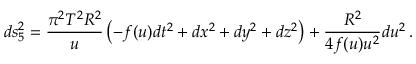
d s _ { 5 } ^ { 2 } = { \frac { \pi ^ { 2 } T ^ { 2 } R ^ { 2 } } { u } } \left( - f ( u ) d t ^ { 2 } + d x ^ { 2 } + d y ^ { 2 } + d z ^ { 2 } \right) + { \frac { R ^ { 2 } } { 4 f ( u ) u ^ { 2 } } } d u ^ { 2 } \, .